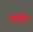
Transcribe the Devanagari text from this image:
मीर्टिन